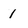
Character: 1